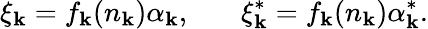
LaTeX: \xi_{\mathbf{k}}=f_{\mathbf{k}}(n_{\mathbf{k}})\alpha_{\mathbf{k}},~~~~~~~\xi_{\mathbf{k}}^{*}=f_{\mathbf{k}}(n_{\mathbf{k}})\alpha_{\mathbf{k}}^{*}.